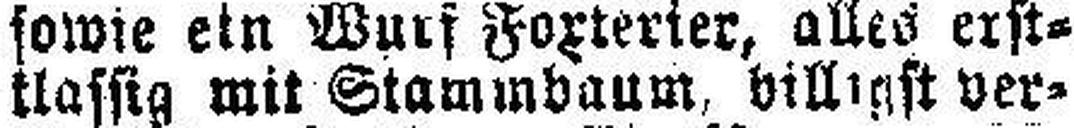
klassig mit Stammbaum, billigst ver¬